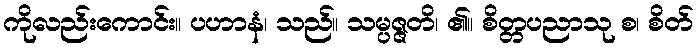
ကိုလည်းကောင်း။ ပဟာနံ၊ သည်။ သမ္ပဇ္ဇတိ၊ ၏။ စိတ္တပညာသု စ၊ စိတ်